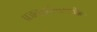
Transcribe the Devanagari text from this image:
प्रजननतंत्रामधील